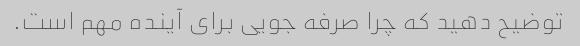
توضیح دهید که چرا صرفه جویی برای آینده مهم است.